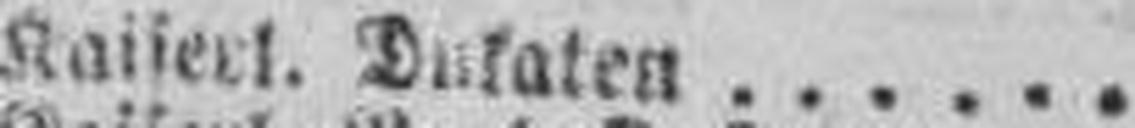
Kaiserl. Dukaten